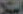
استلا